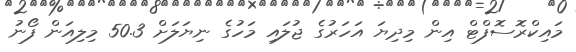
މައިކްރޮސޮފްޓް އިން މިދިޔަ އަހަރުގެ ޖުލައި މަހުގެ ނިޔަލަށް 50.3 މިލިއަން ފޯނު